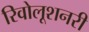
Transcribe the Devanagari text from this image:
रिवोलूशनरी